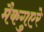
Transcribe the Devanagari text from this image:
मैकगुएरे